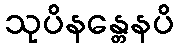
သုပိနန္တေနပိ